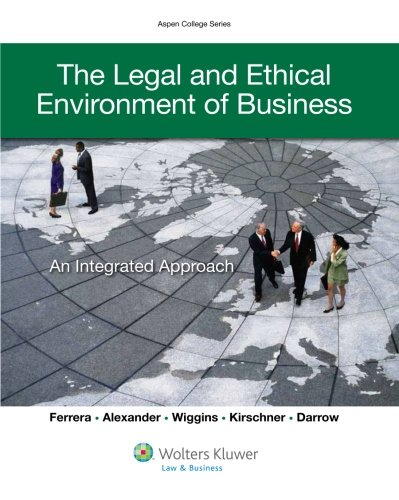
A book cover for The Legal Environment of Business & Ethics: Integrated Approach (Aspen College); Gerald R. Ferrera; Law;